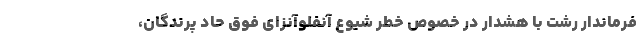
فرماندار رشت با هشدار در خصوص خطر شیوع آنفلوآنزای فوق حاد پرندگان،